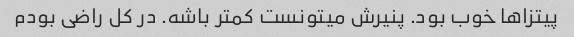
پیتزا‌ها خوب بود. پنیرش میتونست کمتر باشه. در کل راضی بودم